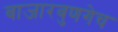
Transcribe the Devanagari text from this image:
बाजारबुणगेच